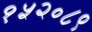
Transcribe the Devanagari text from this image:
१५२०८९